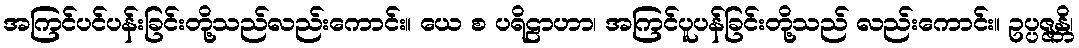
အကြင်ပင်ပန်းခြင်းတို့သည်လည်းကောင်း။ ယေ စ ပရိဠာဟာ၊ အကြင်ပူပန်ခြင်းတို့သည် လည်းကောင်း။ ဥပ္ပဇ္ဇန္တိ၊